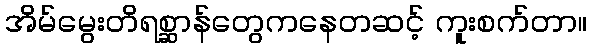
အိမ်မွေးတိရစ္ဆာန်တွေကနေတဆင့် ကူးစက်တာ။